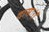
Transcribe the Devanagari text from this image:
दासः।।